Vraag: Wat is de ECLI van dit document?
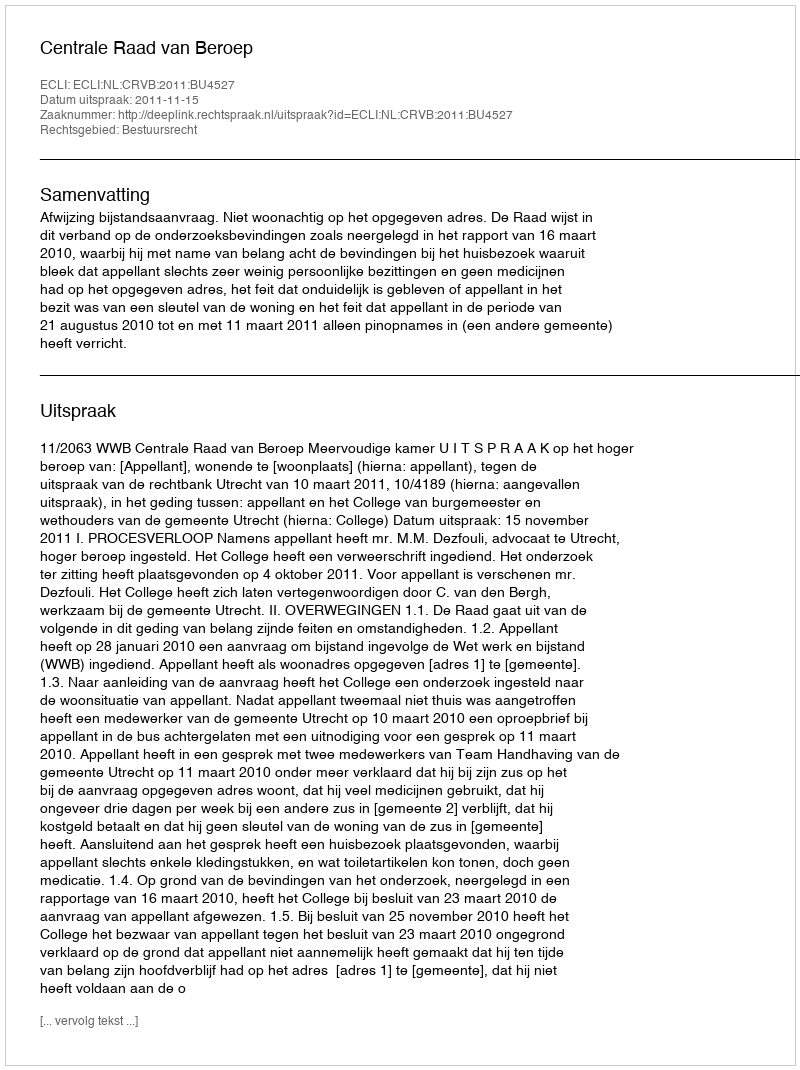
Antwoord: ECLI:NL:CRVB:2011:BU4527